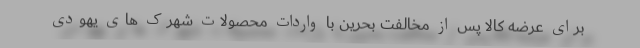
برای عرضه کالا پس از مخالفت بحرین با واردات محصولات شهرک های یهودی